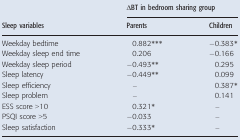
| <ROWSPAN=2> Sleep variables | <COLSPAN=2> ΔBT in bedroom sharing group |
 | Parents | Children |
 | --- | --- | --- |
 | Weekday bedtime | 0.882*** | −0.383* |
 | Weekday sleep end time | 0.206 | −0.166 |
 | Weekday sleep period | −0.493** | 0.295 |
 | Sleep latency | −0.449** | 0.099 |
 | Sleep efficiency | – | 0.387* |
 | Sleep problem | – | 0.141 |
 | ESS score >10 | 0.321* | – |
 | PSQI score >5 | −0.033 | – |
 | Sleep satisfaction | −0.333* | – |